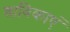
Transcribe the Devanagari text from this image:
श्राविकाएं